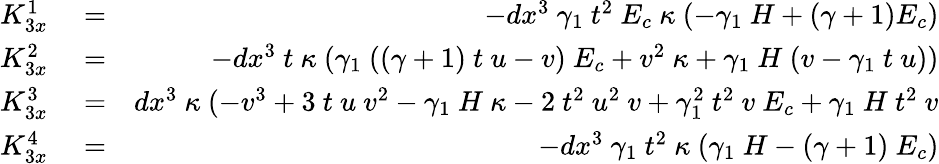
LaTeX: \begin{array}{rlr}{K_{3x}^{1}}&{{}=}&{-dx^{3}~\gamma_{1}~t^{2}~E_{c}~\kappa~(-\gamma_{1}~H+(\gamma+1)E_{c})}\\ {K_{3x}^{2}}&{{}=}&{-dx^{3}~t~\kappa~(\gamma_{1}~((\gamma+1)~t~u-v)~E_{c}+v^{2}~\kappa+\gamma_{1}~H~(v-\gamma_{1}~t~u))}\\ {K_{3x}^{3}}&{{}=}&{dx^{3}~\kappa~(-v^{3}+3~t~u~v^{2}-\gamma_{1}~H~\kappa-2~t^{2}~u^{2}~v+\gamma_{1}^{2}~t^{2}~v~E_{c}+\gamma_{1}~H~t^{2}~v}\\ {K_{3x}^{4}}&{{}=}&{-dx^{3}~\gamma_{1}~t^{2}~\kappa~(\gamma_{1}~H-(\gamma+1)~E_{c})}\end{array}